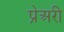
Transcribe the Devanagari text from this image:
प्रेअरी